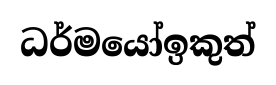
ධර්මයෝඉකුත්